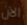
الآن